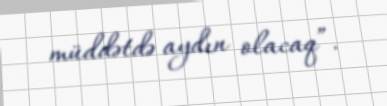
müddətdə aydın olacaq”.